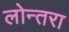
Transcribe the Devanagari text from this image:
लोन्तरा